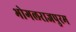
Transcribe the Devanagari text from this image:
भोगलराजपुरम